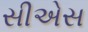
સીએસ